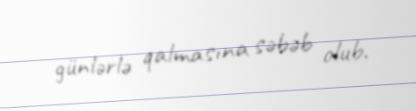
günlərlə qalmasına səbəb olub.